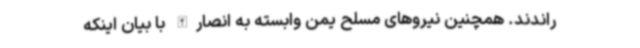
راندند. همچنین نیروهای مسلح یمن وابسته به انصارالله با بیان اینکه